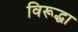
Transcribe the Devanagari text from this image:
विरूद्धा